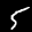
Label: 5